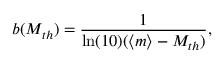
b ( M _ { t h } ) = \frac { 1 } { \ln ( 1 0 ) ( \langle m \rangle - M _ { t h } ) } ,